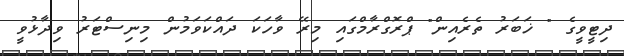
ދިޓީވީގެ " ޚަބަރު ތެރެއިން" ޕްރޮގްރާމްގައި މިރޭ ވާހަކަ ދައްކަވަމުން މިނިސްޓަރު ވިދާޅުވީ